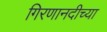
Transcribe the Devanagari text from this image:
गिरणानदीच्या